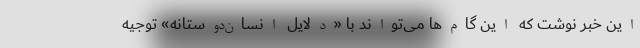
این خبر نوشت که این گام‌ها می‌تواند با «دلایل انسان‌دوستانه» توجیه